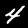
Digit: 4